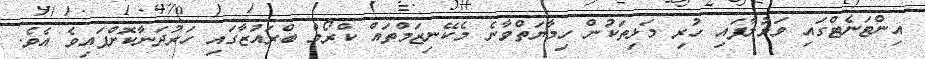
އިންޓަނެޓްގައި ވަޅުލާފައި ހުރި މަޅިތަކުން ހިމާޔަތްވާނެ މެކޭނިޒަމްތައް ކްރޯމް ބްރައުޒާގައި ހަރުދަނާކޮށްފައިވެ އެވެ.